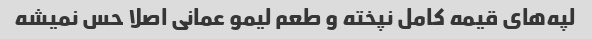
لپه‌های قیمه کامل نپخته و طعم لیمو عمانی اصلا حس نمیشه